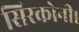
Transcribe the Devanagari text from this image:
सिरकोनी।